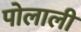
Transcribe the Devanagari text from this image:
पोलाली